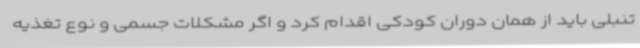
تنبلی باید از همان دوران کودکی اقدام کرد و اگر مشکلات جسمی و نوع تغذیه